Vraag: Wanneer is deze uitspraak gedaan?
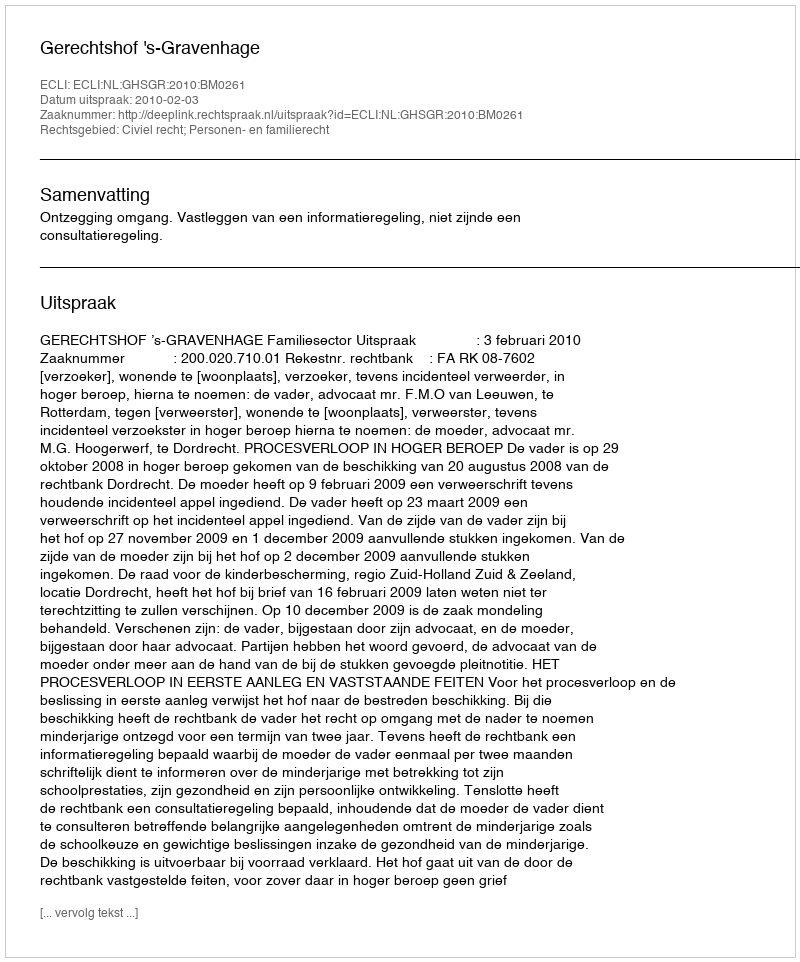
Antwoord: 2010-02-03